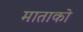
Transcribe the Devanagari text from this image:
माताको